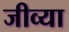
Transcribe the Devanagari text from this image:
जीव्या